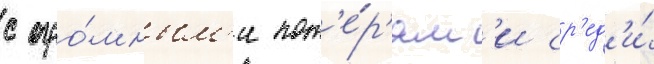
с огро́мным'и пот'е́р'ям'и ср'ед'и́